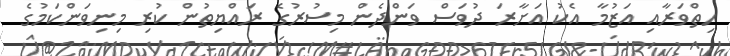
ހިތްވަރާއި އަޒުމާ އެކު އަށާރަ ދުވަސް ވަންދެން މިސުރުގެ ރައްޔިތުން ކުރި މިނިވަންކަމުގެ